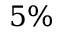
5 \%